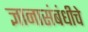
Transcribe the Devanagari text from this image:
ज्ञानासंबंधीचे